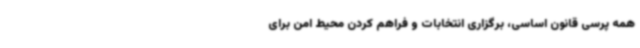
همه پرسی قانون اساسی، برگزاری انتخابات و فراهم کردن محیط امن برای